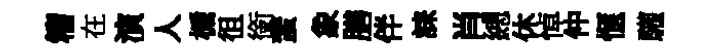
籕在演人楯徂銜蜚象膳伴誄肖總休悼仲愜驩